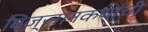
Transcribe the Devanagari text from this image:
विज्ञानकथांची